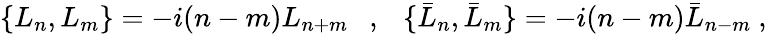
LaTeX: \{ L_{n},L_{m}\} =-i(n-m)L_{n+m}\ \ \ ,\ \ \ \{ \bar{L}_{n},\bar{L}_{m}\} =-i(n-m)\bar{L}_{n-m}\ ,